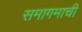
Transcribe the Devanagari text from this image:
समागमाची